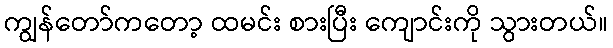
ကျွန်တော်ကတော့ ထမင်း စားပြီး ကျောင်းကို သွားတယ်။